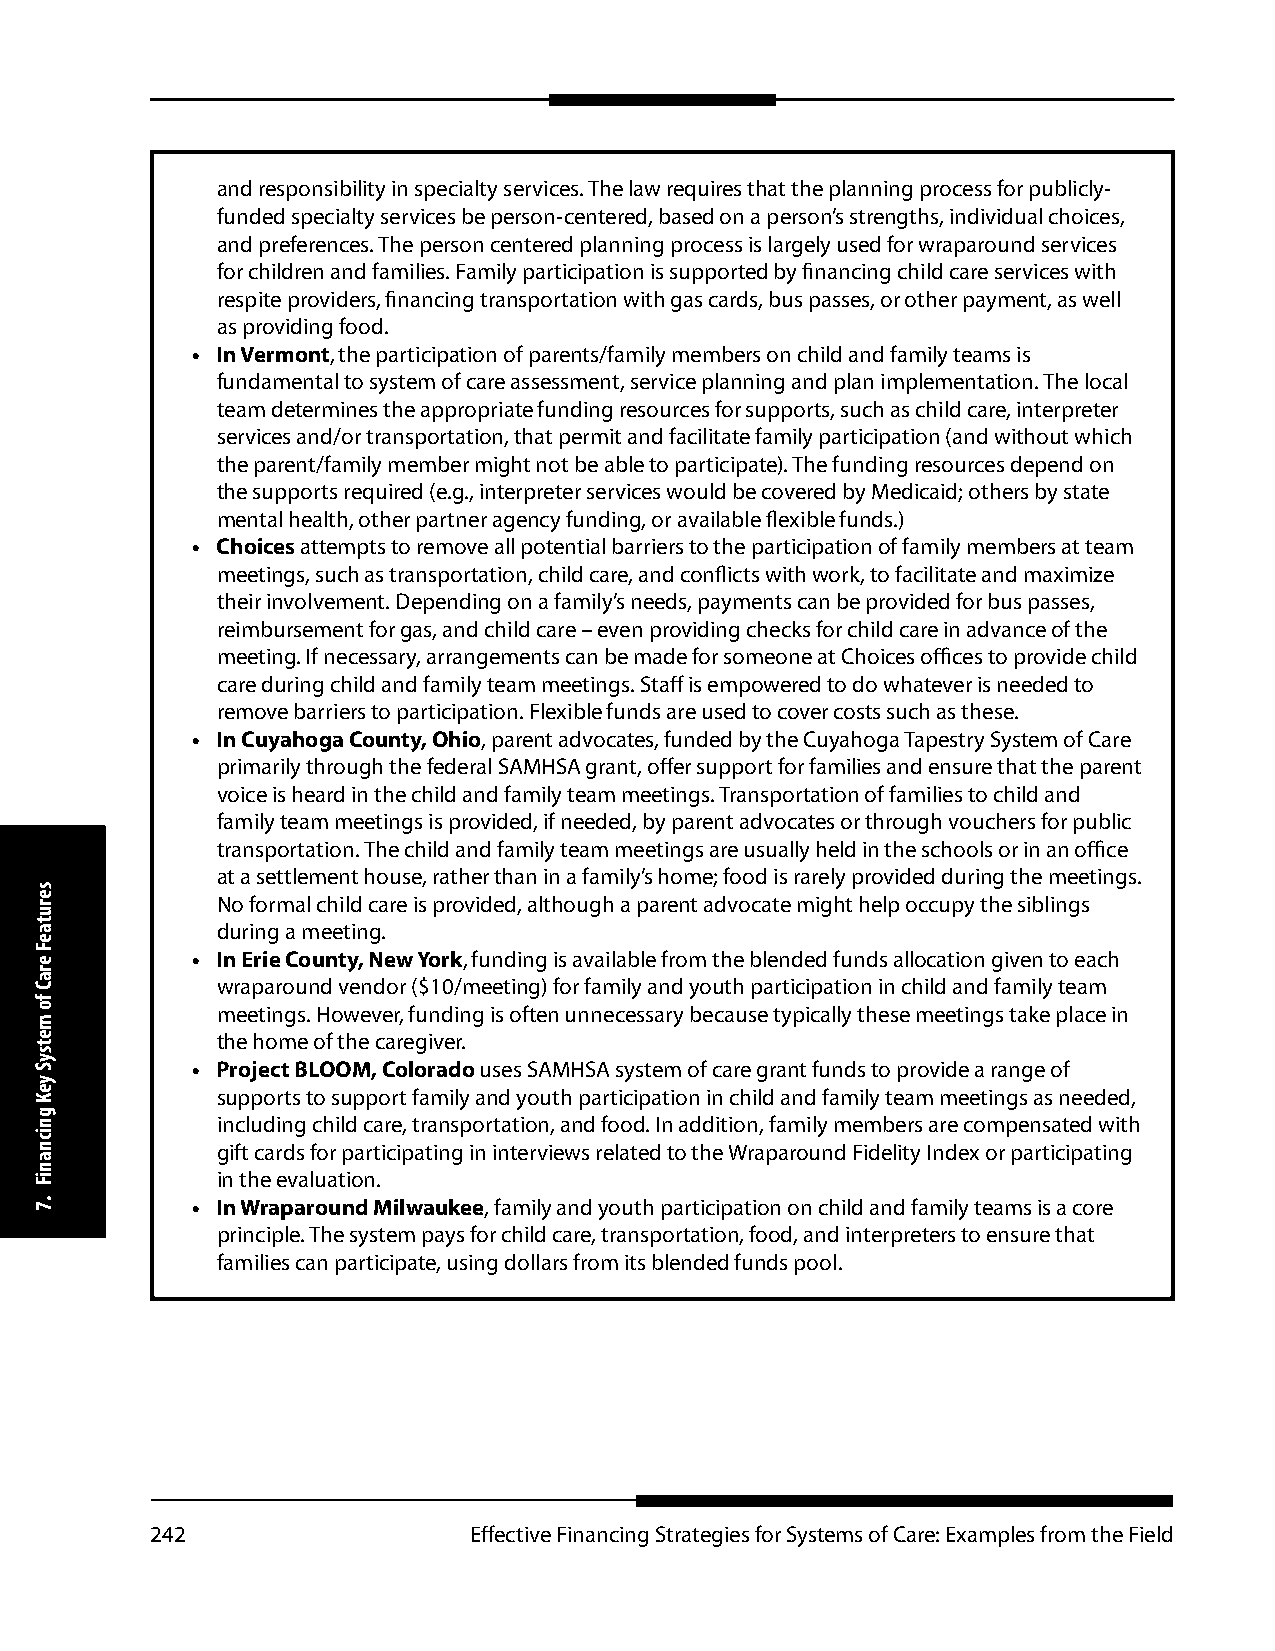
and responsibility in specialty services. The law requires that the planning process for publicly-
 funded specialty services be person-centered, based on a person’s strengths, individual choices,
 and preferences. The person centered planning process is largely used for wraparound services
 for children and families. Family participation is supported by financing child care services with
 respite providers, financing transportation with gas cards, bus passes, or other payment, as well
 as providing food.
 • In Vermont, the participation of parents/family members on child and family teams is
 fundamental to system of care assessment, service planning and plan implementation. The local
 team determines the appropriate funding resources for supports, such as child care, interpreter
 services and/or transportation, that permit and facilitate family participation (and without which
 the parent/family member might not be able to participate). The funding resources depend on
 the supports required (e.g., interpreter services would be covered by Medicaid; others by state
 mental health, other partner agency funding, or available flexible funds.)
 • Choices attempts to remove all potential barriers to the participation of family members at team
 meetings, such as transportation, child care, and conflicts with work, to facilitate and maximize
 their involvement. Depending on a family’s needs, payments can be provided for bus passes,
 reimbursement for gas, and child care – even providing checks for child care in advance of the
 meeting. If necessary, arrangements can be made for someone at Choices offices to provide child
 care during child and family team meetings. Staff is empowered to do whatever is needed to
 remove barriers to participation. Flexible funds are used to cover costs such as these.
 • In Cuyahoga County, Ohio, parent advocates, funded by the Cuyahoga Tapestry System of Care
 primarily through the federal SAMHSA grant, offer support for families and ensure that the parent
 voice is heard in the child and family team meetings. Transportation of families to child and
 family team meetings is provided, if needed, by parent advocates or through vouchers for public
 transportation. The child and family team meetings are usually held in the schools or in an office
 at a settlement house, rather than in a family’s home; food is rarely provided during the meetings.
 No formal child care is provided, although a parent advocate might help occupy the siblings
 during a meeting.
 • In Erie County, New York, funding is available from the blended funds allocation given to each
 wraparound vendor ($10/meeting) for family and youth participation in child and family team
 meetings. However, funding is often unnecessary because typically these meetings take place in
 the home of the caregiver.
 • Project BLOOM, Colorado uses SAMHSA system of care grant funds to provide a range of
 supports to support family and youth participation in child and family team meetings as needed,
 including child care, transportation, and food. In addition, family members are compensated with
 gift cards for participating in interviews related to the Wraparound Fidelity Index or participating
 in the evaluation.
 • In Wraparound Milwaukee, family and youth participation on child and family teams is a core
 principle. The system pays for child care, transportation, food, and interpreters to ensure that
 families can participate, using dollars from its blended funds pool.
 242                  Effective Financing Strategies for Systems of Care: Examples from the Field
 serutaeF
 eraC
 fo
 metsyS
 yeK
 gnicnaniF
 .7